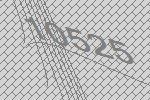
10525